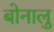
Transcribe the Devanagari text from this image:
बोनालु